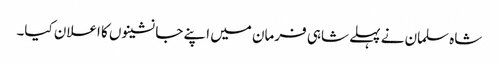
شاہ سلمان نے پہلے شاہی فرمان میں اپنے جانشینوں کا اعلان کیا۔